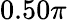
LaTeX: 0.50\pi